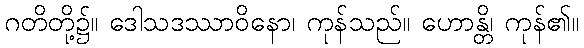
ဂတိတို့၌။ ဒေါသဒဿာဝိနော၊ ကုန်သည်။ ဟောန္တိ၊ ကုန်၏။